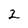
Character: 2